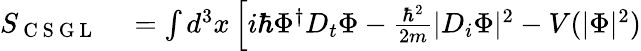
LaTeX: \begin{array}{rl}{S_{\mathrm{~C~S~G~L~}}}&{{}=\int d^{3}x\left[i\hbar\Phi^{\dagger}D_{t}\Phi-\frac{\hbar^{2}}{2m}|D_{i}\Phi|^{2}-V(|\Phi|^{2})\right.}\end{array}